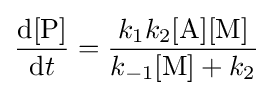
{\frac {\mathrm {d} [{\ce {P}}]}{\mathrm {d} t}}={\frac {k_{1}k_{2}[{\ce {A}}][{\ce {M}}]}{k_{-1}[{\ce {M}}]+k_{2}}}